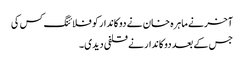
آخر نے ماہرہ خان نے دوکاندار کو فلائنگ کس کی
جس کے بعد دوکاندار نے قلفی دیدی۔